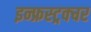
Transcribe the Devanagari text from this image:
इन्फ्रस्ट्रक्चर